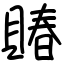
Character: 賰